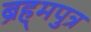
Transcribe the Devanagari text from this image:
ब्रह्‌मपुत्र